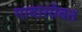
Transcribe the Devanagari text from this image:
गावासोबत